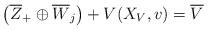
LaTeX: \begin{align*}\left(\overline{Z}_+\oplus \overline{W}_j\right)+ V(X_V,v)=\overline{V}\end{align*}